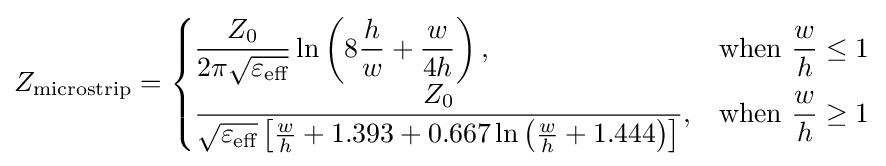
Z_{\textrm {microstrip}}={\begin{cases}{\dfrac {Z_{0}}{2\pi {\sqrt {\varepsilon _{\textrm {eff}}}}}}\ln \left(8{\dfrac {h}{w}}+{\dfrac {w}{4h}}\right),&{\text{when }}{\dfrac {w}{h}}\leq 1\\{\dfrac {Z_{0}}{{\sqrt {\varepsilon _{\textrm {eff}}}}\left[{\frac {w}{h}}+1.393+0.667\ln \left({\frac {w}{h}}+1.444\right)\right]}},&{\text{when }}{\dfrac {w}{h}}\geq 1\end{cases}}